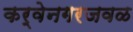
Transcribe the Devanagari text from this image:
कर्वेनगरजवळ